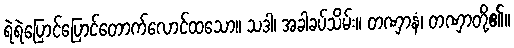
ရဲရဲပြောင်ပြောင်တောက်လောင်ထသော။ သဒါ၊ အခါခပ်သိမ်း။ တဏှာနံ၊ တဏှာတို့၏။